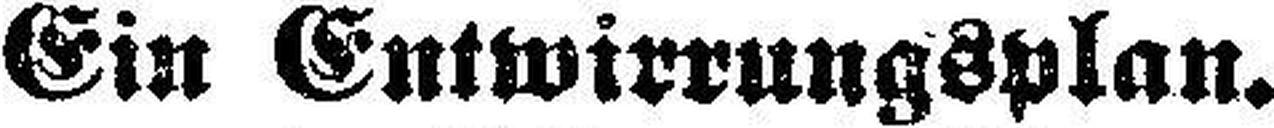
Ein Entwirrungsplan.